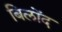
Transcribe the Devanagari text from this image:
बिलोंद